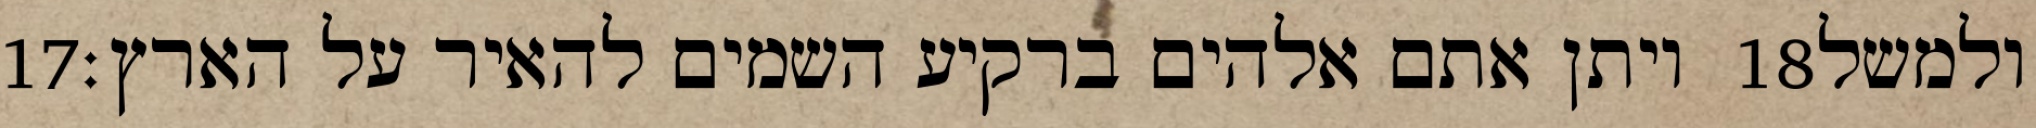
‎17‏ ויתן אתם אלהים ברקיע השמים להאיר על הארץ׃ ‎18‏ ולמשל